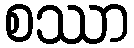
စဿာ